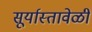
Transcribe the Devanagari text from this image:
सूर्यास्तावेळी